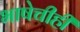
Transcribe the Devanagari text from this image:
भाषेचीही